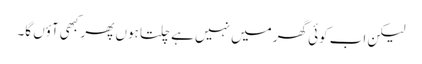
لیکن اب کوئی گھر میں نہیں ہے چلتا ہوں پھر کبھی آؤں گا۔